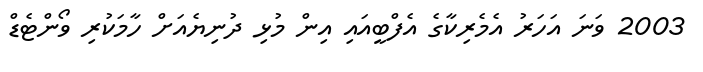
2003 ވަނަ އަހަރު އެމެރިކާގެ އެފްބީއައި އިން މުޅި ދުނިޔެއަށް ހާމަކުރި ވޯންޓެޑް